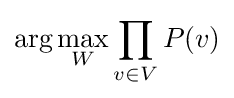
\arg \max _{W}\prod _{v\in V}P(v)